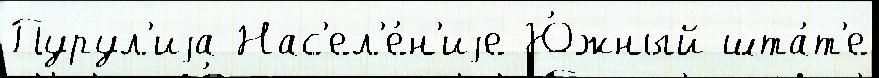
Пурул'иjа Нас'ел'е́н'иjе Ю́жный шта́т'е